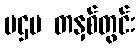
ပဌမ တနှစ်တွင်း